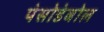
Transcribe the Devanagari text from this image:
पेसोडेबोल